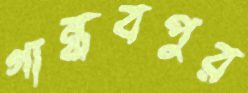
গান্ধবপুর